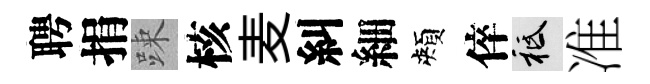
聘捐踈核麦糾細頰倅祇准